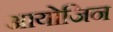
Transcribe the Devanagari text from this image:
आयोजिन